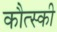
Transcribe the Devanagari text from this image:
कौत्स्की